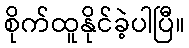
စိုက်ထူနိုင်ခဲ့ပါပြီ။